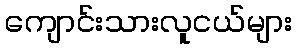
ကျောင်းသားလူငယ်များ